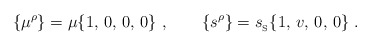
\begin{align*}\{\mu^\rho\}=\mu\{1,\, 0, \, 0, \, 0\}\ ,\qquad\{s^\rho\}= {s_{_{\rm S}}}\{1,\, v,\, 0,\, 0\}\ . \end{align*}